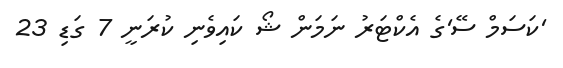
'ކަސަމް ސޭ'ގެ އެކްޓަރު ނަމަން ޝޯ ކައިވެނި ކުރަނީ 7 ގަޑި 23